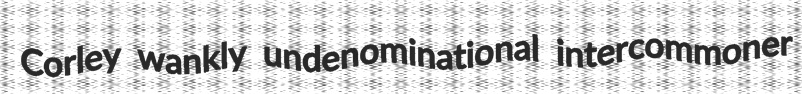
Corley wankly undenominational intercommoner